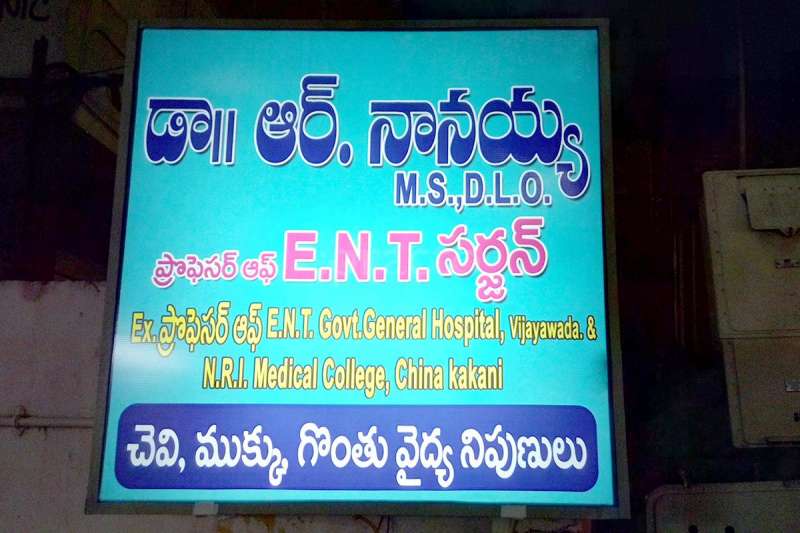
Language: telugu
Transcription: నానయ్య ప్రొఫెసర్ చెవి, గొంతు వైద్య ముక్కు, సర్జన్ నిపుణులు ప్రొఫెసర్